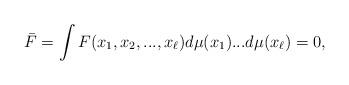
LaTeX: \begin{align*} \bar F=\int F(x_1,x_2,...,x_\ell)d\mu(x_1)...d\mu(x_\ell)=0, \end{align*}